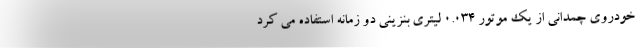
خودروی چمدانی از یک موتور 0.034 لیتری بنزینی دو زمانه استفاده می کرد